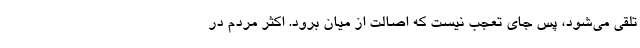
تلقی می‌شود، پس جای تعجب نیست که اصالت از میان برود. اکثر مردم در